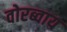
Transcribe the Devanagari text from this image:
वोरब्वाय